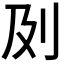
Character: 𠚵